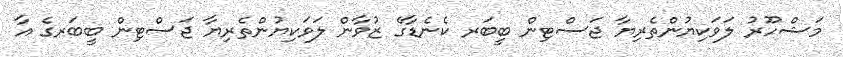
މަޝްހޫރު ލަވަކިޔުންތެރިޔާ ޖަސްޓިން ބީބަރ ކެނެޑާގެ ޒުވާން ލަވަކިޔުންތެރިޔާ ޖަސްޓިން ބީބަރގެ އާ